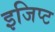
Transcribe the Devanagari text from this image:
इजिप्‍ट